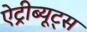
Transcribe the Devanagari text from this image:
ऐट्रीब्यूट्स